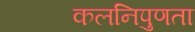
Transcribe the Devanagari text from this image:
कलनिपुणता